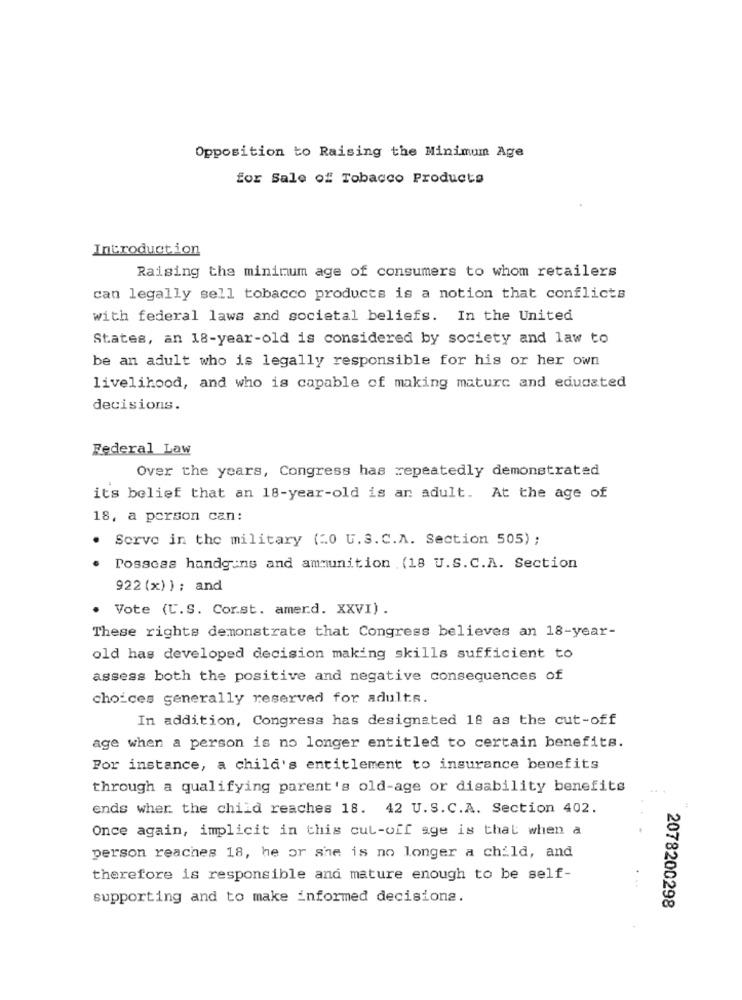
Opposition to Raising the Minimum Age
for Sale of Tobacco Products
Introduction
Raising the minimum age of consumers to whom retailers
can legally sell tobacco products is a notion that conflicts
with federal laws and societal beliefs. In the United
States, an 18-year-old is considered by society and law to
be an adult who is legally responsible for his or her own
livelihood, and who is capable of making maturc and educated
decisions.
Federal Law
Over the years, Congress has repeatedly demonstrated
its belief that an 18-year-old is an adult. At the age of
18, a person can:
.
Serve in the military (20 U.S. C.A. Section 505) ;
Possess handguns and ammunition (18 U.S. C.A. Section
922(x) ) ; and
Vote (U.S. Cor.st. amerd. XXVI) .
These rights demonstrate that Congress believes an 18-year-
old has developed decision making skills sufficient to
assess both the positive and negative consequences of
choices generally reserved for adults.
In addition, Congress has designated 18 as the cut-off
age when a person is no longer entitled to certain benefits.
For instance, a child's entitlement to insurance benefits
through a qualifying parent's old-age or disability benefits
ends wher the child reaches 18. 42 U.S.C.A. Section 402.
Once again, implicit in this cut-off age is that when a
person reaches 18, he or she is no longer a child, and
therefore is responsible and mature enough to be self-
supporting and to make informed decisions.
2078200298